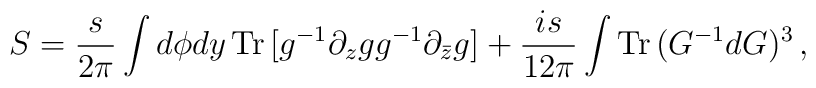
S = \frac{s}{2\pi}\int d\phi dy\, {\mathrm{Tr}}\,[g^{-1}\partial_z g    g^{-1}\partial_{\bar z} g] + \frac{is}{12\pi}\int {\mathrm{Tr}}\,    (G^{-1}dG)^3\,,